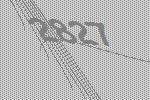
2827